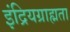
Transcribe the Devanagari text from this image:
इंद्रियग्राह्मता